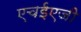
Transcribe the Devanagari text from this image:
एचईएजी